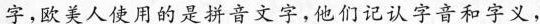
字，欧美人使用的是拼音文字，他们记认字音和字义，